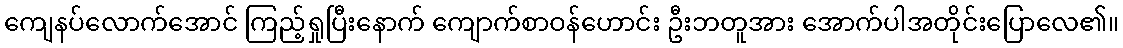
ကျေနပ်လောက်အောင် ကြည့်ရှုပြီးနောက် ကျောက်စာဝန်ဟောင်း ဦးဘတူအား အောက်ပါအတိုင်းပြောလေ၏။